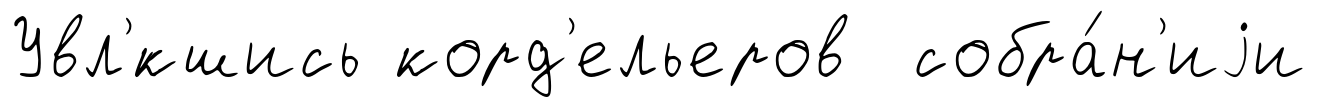
Увл'́кшись корд'ельеров собра́н'иjи